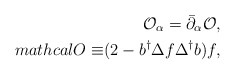
\begin{align*}\mathcal{O}_{\alpha }=\bar{\partial}_{\alpha }\mathcal{O},\\mathcal{O\equiv }(2-b^{\dag }\Delta f\Delta ^{\dag }b)f, \end{align*}